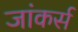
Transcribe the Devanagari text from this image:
जांकर्स